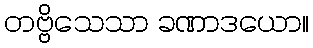
တဗ္ဗိသေသာ ခဏာဒယော။